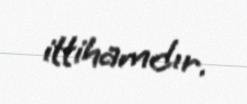
ittihamdır.